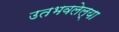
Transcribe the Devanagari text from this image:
उतभवलेल्या